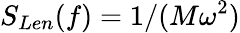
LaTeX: S_{Len}(f)=1/(M\omega^{2})